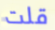
قلت